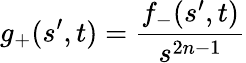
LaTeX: g_{+}(s^{\prime},t)=\frac{f_{-}(s^{\prime},t)}{s^{2n-1}}